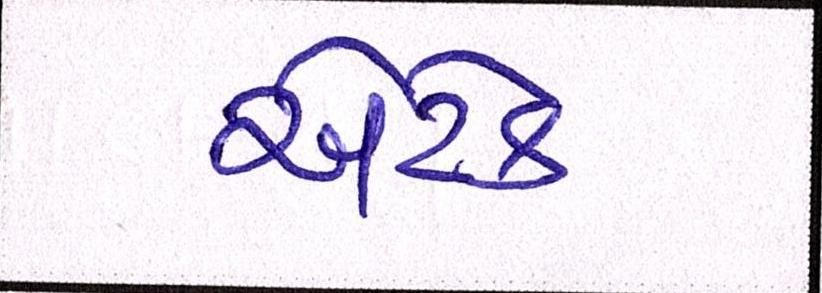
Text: એટેક